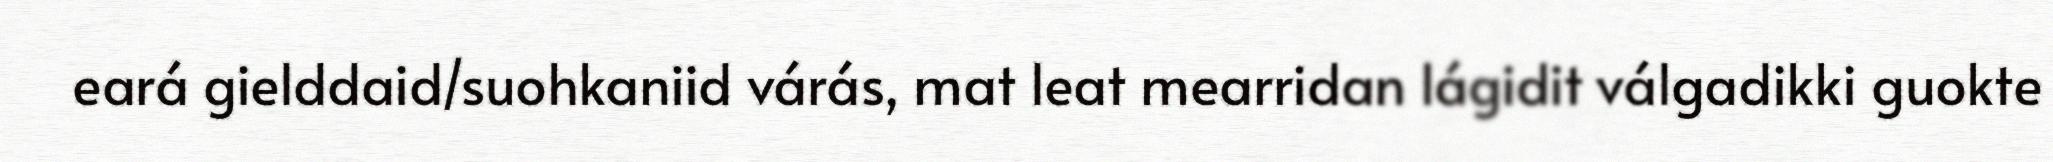
eará gielddaid/suohkaniid várás, mat leat mearridan lágidit válgadikki guokte